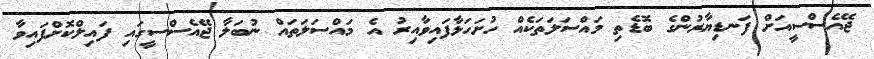
ޖޭއެސްސީއަށް ފަނޑިޔާރުންގެ ބޮޑެތި މައްސަލަތަކެއް ހުށަހަޅާފައިވާއިރު އެ މައްސަލަތައް ނުބަލާ ޖޭއެސްސީގައި ފައިލްކޮށްފައިވާ